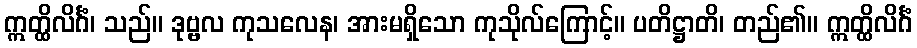
ဣတ္ထိလိင်္ဂံ၊ သည်။ ဒုဗ္ဗလ ကုသလေန၊ အားမရှိသော ကုသိုလ်ကြောင့်။ ပတိဋ္ဌာတိ၊ တည်၏။ ဣတ္ထိလိင်္ဂံ